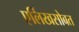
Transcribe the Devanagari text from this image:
एर्लिखसोबत